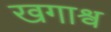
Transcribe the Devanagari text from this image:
खगाश्व